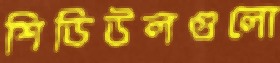
শিডিউলগুলো